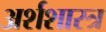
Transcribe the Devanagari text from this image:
अर्शशास्त्र